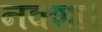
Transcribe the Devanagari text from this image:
नक्शा।